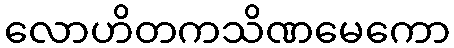
လောဟိတကသိဏမေကော